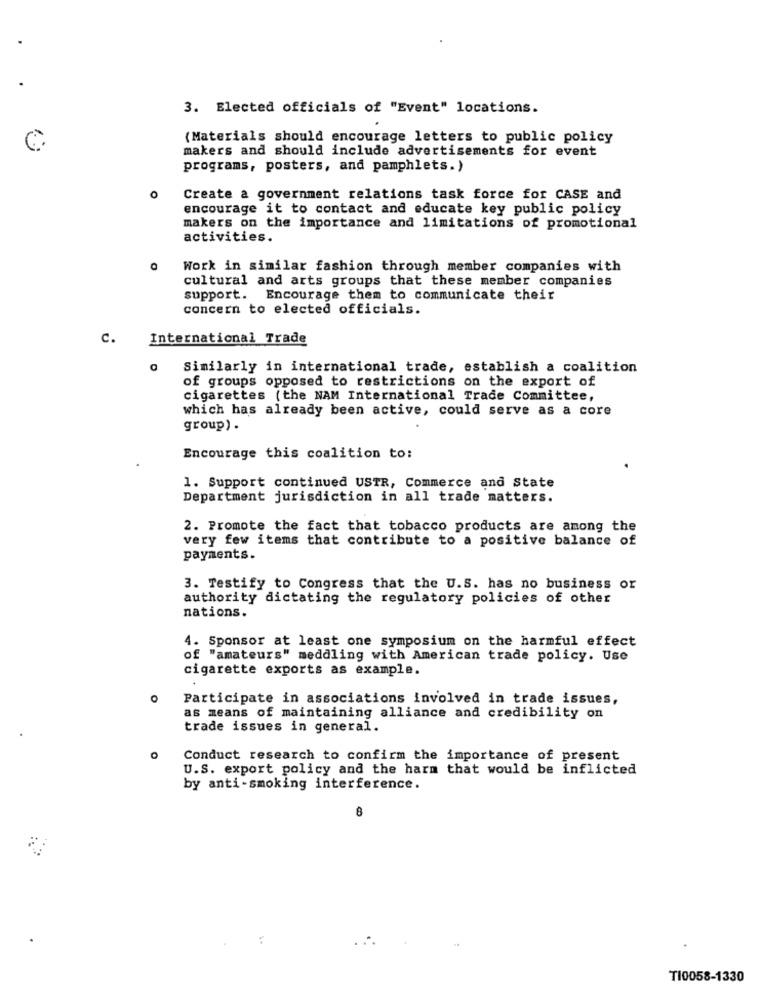
3. Elected officials of "Event" locations.
(Materials should encourage letters to public policy
makers and should include advertisements for event
programs, posters, and pamphlets.)
Create a government relations task force for CASE and
encourage it to contact and educate key public policy
makers on the importance and limitations of promotional
activities.
Work in similar fashion through member companies with
cultural and arts groups that these member companies
support. Encourage them to communicate their
concern to elected officials.
c.
International Trade
Similarly in international trade, establish a coalition
of groups opposed to restrictions on the export of
cigarettes (the NAM International Trade Committee,
which has already been active, could serve as a core
group) .
Encourage this coalition to:
1. Support continued USTR, Commerce and State
Department jurisdiction in all trade matters.
2. Promote the fact that tobacco products are among the
very few items that contribute to a positive balance of
payments.
3. Testify to Congress that the U.S. has no business or
authority dictating the regulatory policies of other
nations.
4. Sponsor at least one symposium on the harmful effect
of "amateurs" meddling with American trade policy. Use
cigarette exports as example.
O
Participate in associations involved in trade issues,
as means of maintaining alliance and credibility on
trade issues in general.
Conduct research to confirm the importance of present
U.S. export policy and the harm that would be inflicted
by anti -smoking interference.
:
TI0058-1330